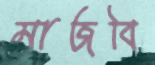
মাজবি